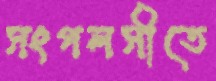
সংগলসীতে